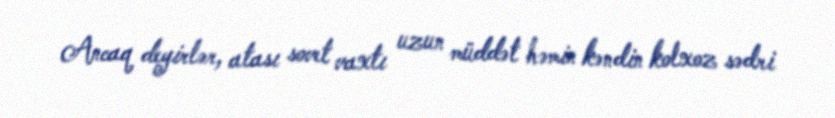
Ancaq deyirlər, atası sovet vaxtı uzun müddət həmin kəndin kolxoz sədri